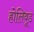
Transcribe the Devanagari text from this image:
होलिवूड